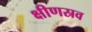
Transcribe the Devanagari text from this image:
क्षीणस्रव